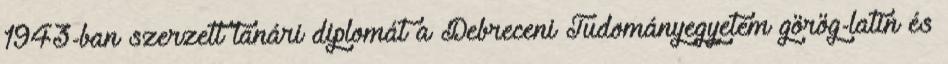
1943-ban szerzett tanári diplomát a Debreceni Tudományegyetem görög-latin és